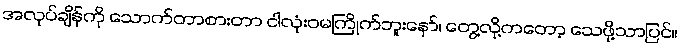
အလုပ်ချိန်ကို သောက်တာစားတာ ငါလုံးဝမကြိုက်ဘူးနော်၊ တွေ့လို့ကတော့ သေဖို့သာပြင်။